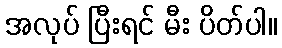
အလုပ် ပြီးရင် မီး ပိတ်ပါ။